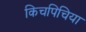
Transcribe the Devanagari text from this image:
किचपिचिया